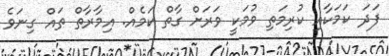
ފަދަ ކަމަކާއި ކުރިމަތި ވުމަކީ ވަރަށް ގާތް ކަމެއް. އިމާރާތް ތައް ގިނަވެ